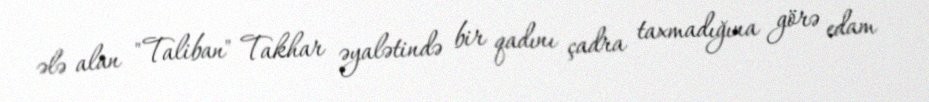
ələ alan "Taliban" Takhar əyalətində bir qadını çadra taxmadığına görə edam